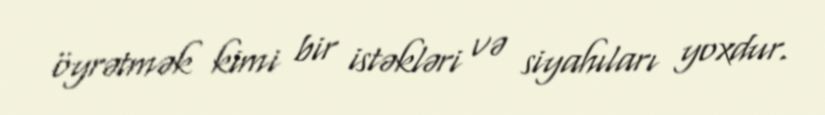
öyrətmək kimi bir istəkləri və siyahıları yoxdur.